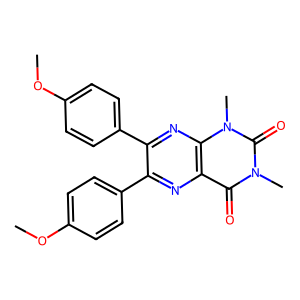
SMILES: COc1ccc(-c2nc3c(=O)n(C)c(=O)n(C)c3nc2-c2ccc(OC)cc2)cc1
Inhibits HIV replication: No